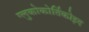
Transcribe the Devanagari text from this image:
ग्लुकोकोर्तिकोइद